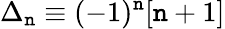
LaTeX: \Delta_{\mathtt{n}}\equiv(-1)^{\mathtt{n}}[\mathtt{n}+1]